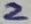
Text: 2